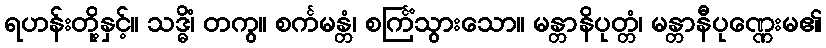
ရဟန်းတို့နှင့်။ သဒ္ဓိံ၊ တကွ။ စင်္ကမန္တံ၊ စင်္ကြံသွားသော။ မန္တာနိပုတ္တံ၊ မန္တာနီပုဏ္ဏေးမ၏